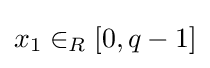
x_{1}\in _{R}[0,q-1]